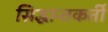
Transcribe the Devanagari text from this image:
सिद्धान्तकर्ती